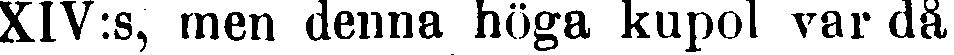
XIV:s, men denna höga kupol var då